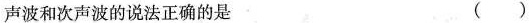
声波和次声波的说法正确的是 （）